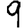
Digit: 9